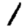
Digit: 1